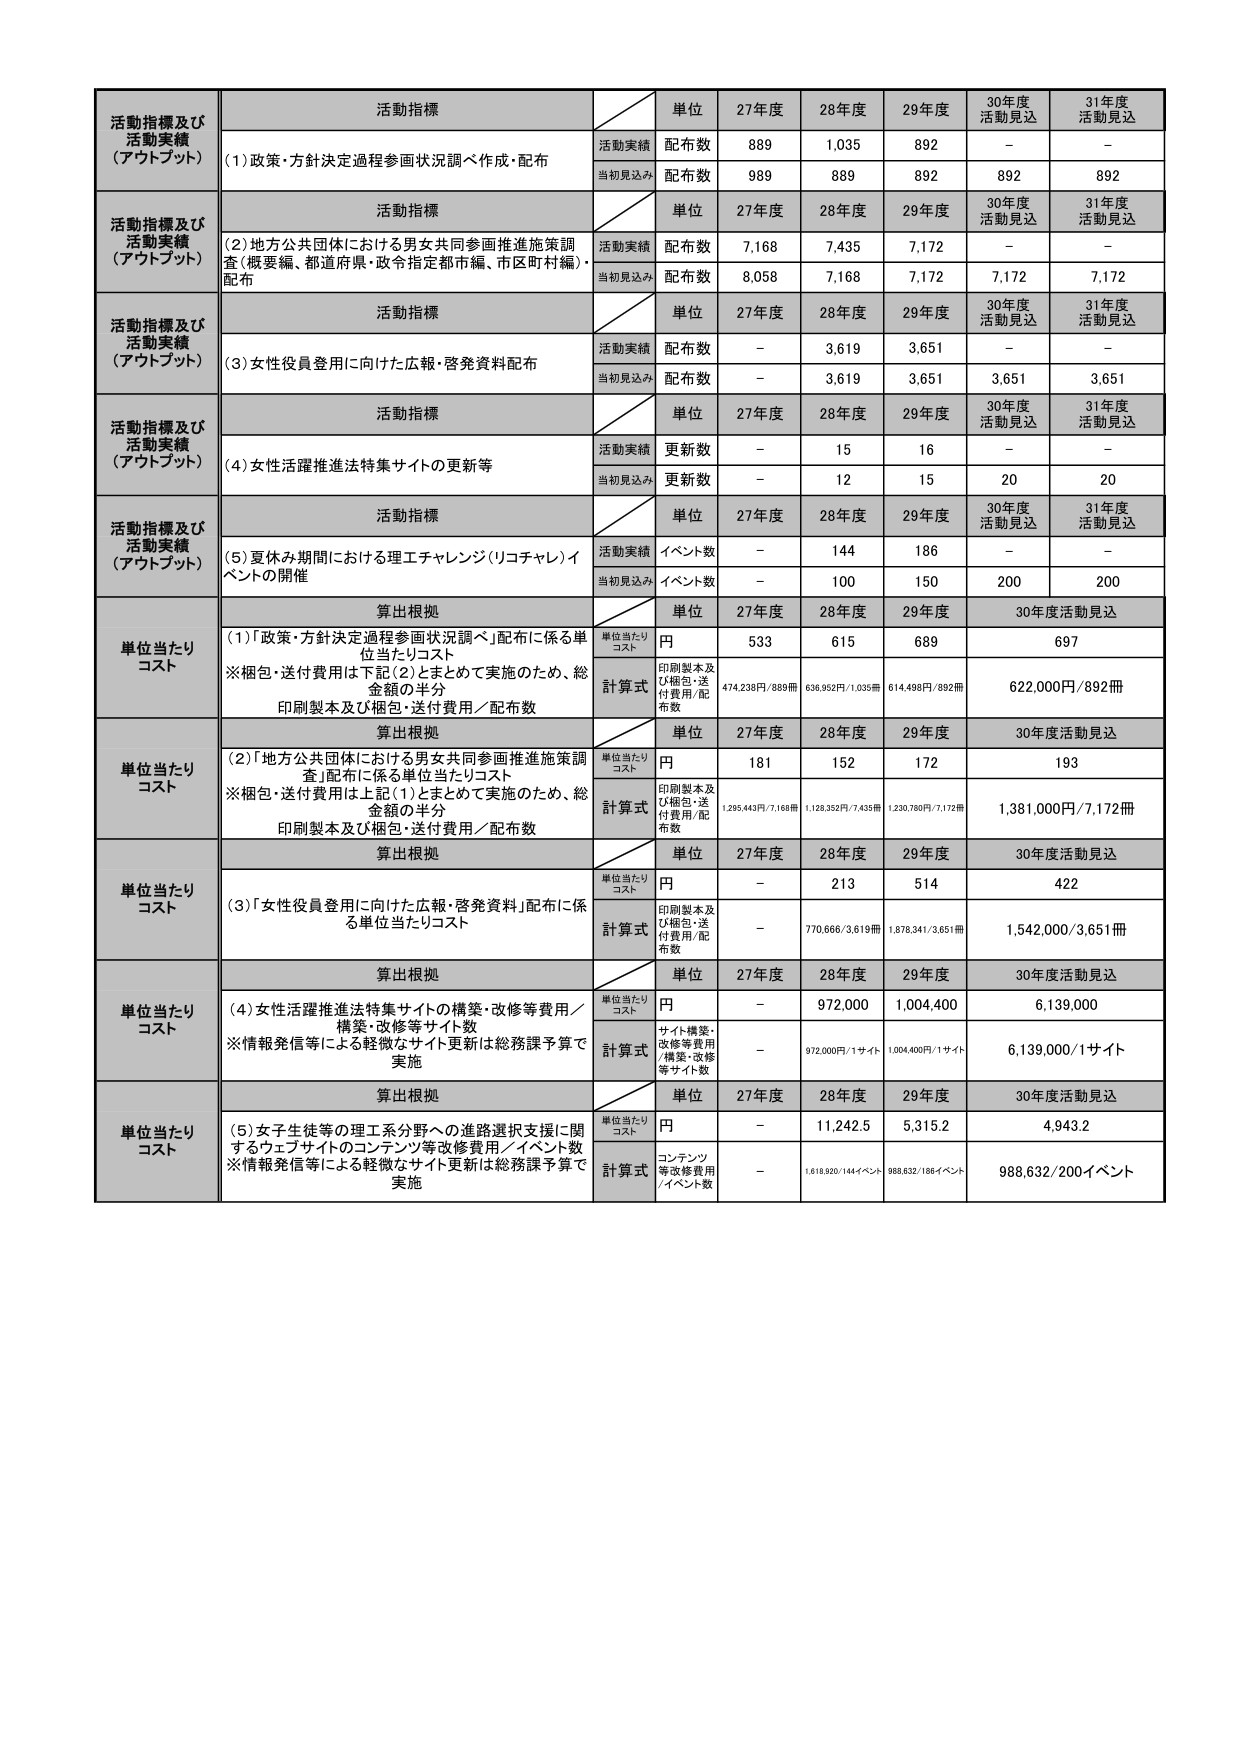
活動指標及び
活動実績
（アウトプット）
活動指標
単位
27年度
28年度
29年度
30年度
活動見込
31年度
活動見込
(1)政策・方針決定過程参画状況調査作成・配布
活動実績
配布数
889
1,035
892
-
-
当初見込み
配布数
989
889
892
892
892
活動指標及び
活動実績
（アウトプット）
活動指標
単位
27年度
28年度
29年度
30年度
活動見込
31年度
活動見込
(2)地方公共団体における男女共同参画推進施策調査（概要編、都道府県・政令指定都市編、市区町村編）・配布
活動実績
配布数
7,168
7,435
7,172
-
-
当初見込み
配布数
8,058
7,168
7,172
7,172
7,172
活動指標及び
活動実績
（アウトプット）
活動指標
単位
27年度
28年度
29年度
30年度
活動見込
31年度
活動見込
(3)女性役員登用に向けた広報・啓発資料配布
活動実績
配布数
-
3,619
3,651
-
-
当初見込み
配布数
-
3,619
3,651
3,651
3,651
活動指標及び
活動実績
（アウトプット）
活動指標
単位
27年度
28年度
29年度
30年度
活動見込
31年度
活動見込
(4)女性活躍推進法特集サイトの更新等
活動実績
更新数
-
15
16
-
-
当初見込み
更新数
-
12
15
20
20
活動指標及び
活動実績
（アウトプット）
活動指標
単位
27年度
28年度
29年度
30年度
活動見込
31年度
活動見込
(5)夏休み期間における理工チャレンジ（リコチャレ）イベントの開催
活動実績
イベント数
-
144
186
-
-
当初見込み
イベント数
-
100
150
200
200
単位当たり
コスト
算出根拠
単位
27年度
28年度
29年度
30年度活動見込
(1)「政策・方針決定過程参画状況調査」配布に係る単位当たりコスト
※梱包・送付費用は下記(2)とまとめて実施のため、総金額の半分
印刷製本及び梱包・送付費用／配布数
単位当たりコスト
円
533
615
689
697
計算式
印刷製本及び梱包・送付費用／配布数
474,238円／889冊
636,952円／1,035冊
614,498円／892冊
622,000円／892冊
単位当たり
コスト
算出根拠
単位
27年度
28年度
29年度
30年度活動見込
(2)「地方公共団体における男女共同参画推進施策調査」配布に係る単位当たりコスト
※梱包・送付費用は上記(1)とまとめて実施のため、総金額の半分
印刷製本及び梱包・送付費用／配布数
単位当たりコスト
円
181
152
172
193
計算式
印刷製本及び梱包・送付費用／配布数
1,295,443円／7,168冊
1,128,352円／7,435冊
1,230,780円／7,172冊
1,381,000円／7,172冊
単位当たり
コスト
算出根拠
単位
27年度
28年度
29年度
30年度活動見込
(3)「女性役員登用に向けた広報・啓発資料」配布に係る単位当たりコスト
単位当たりコスト
円
-
213
514
422
計算式
印刷製本及び梱包・送付費用／配布数
-
770,666／3,619冊
1,876,341／3,651冊
1,542,000／3,651冊
単位当たり
コスト
算出根拠
単位
27年度
28年度
29年度
30年度活動見込
(4)女性活躍推進法特集サイトの構築・改修等費用／構築・改修等サイト数
※情報発信等による軽微なサイト更新は総務課予算で実施
単位当たりコスト
円
-
972,000
1,004,400
6,139,000
計算式
サイト構築・改修等費用／構築・改修等サイト数
-
972,000円／1サイト
1,004,400円／1サイト
6,139,000／1サイト
単位当たり
コスト
算出根拠
単位
27年度
28年度
29年度
30年度活動見込
(5)女子生徒等の理工系分野への進路選択支援に関するウェブサイトのコンテンツ等改修費用／イベント数
※情報発信等による軽微なサイト更新は総務課予算で実施
単位当たりコスト
円
-
11,242.5
5,315.2
4,943.2
計算式
コンテンツ等改修費用／イベント数
-
1,618,920／144イベント
868,632／186イベント
988,632／200イベント